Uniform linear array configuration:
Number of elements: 24
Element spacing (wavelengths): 0.25
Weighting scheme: hann
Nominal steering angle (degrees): -60
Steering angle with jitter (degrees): -60.176
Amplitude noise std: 0.05
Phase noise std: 0.05

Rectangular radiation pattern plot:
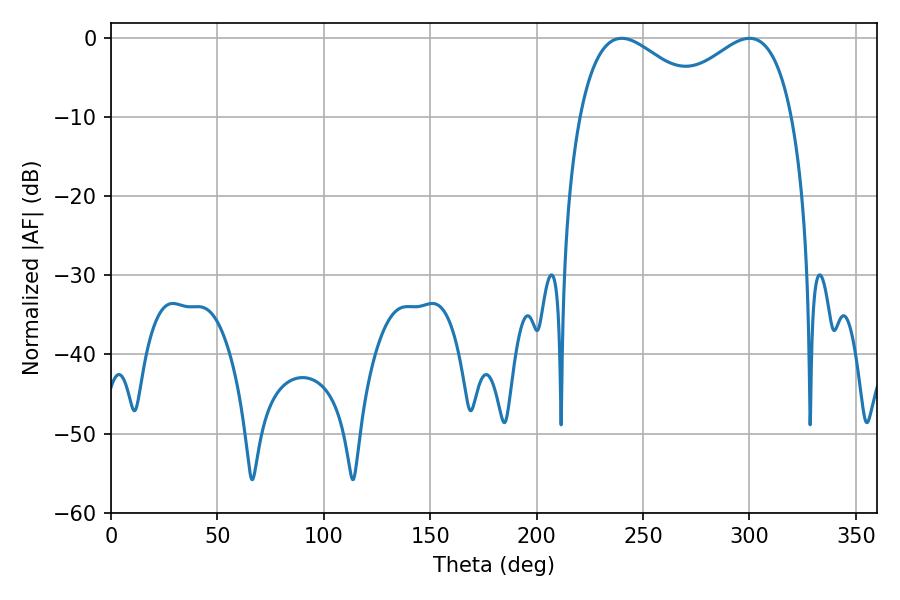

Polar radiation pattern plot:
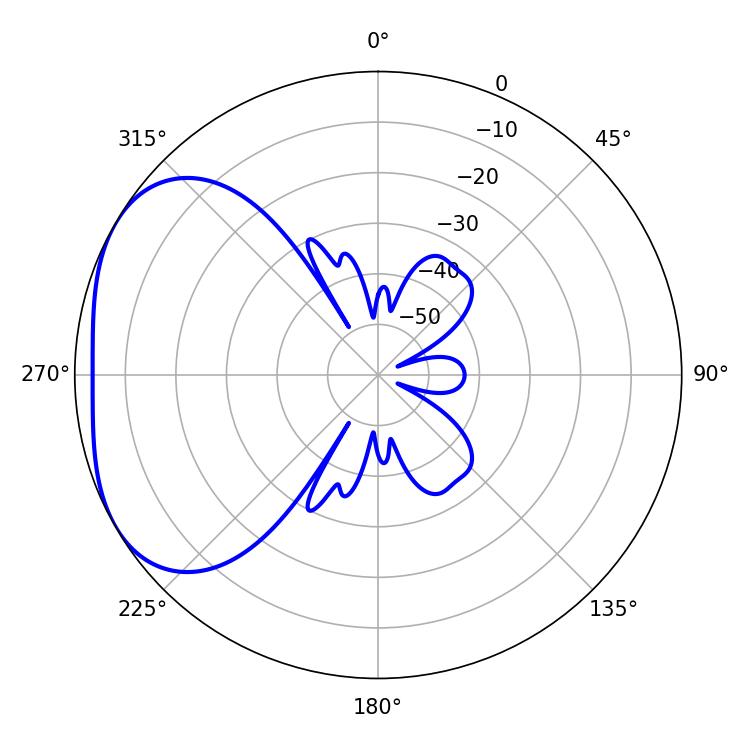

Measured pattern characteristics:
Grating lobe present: FALSE
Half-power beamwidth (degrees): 34.02
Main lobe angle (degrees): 239.94